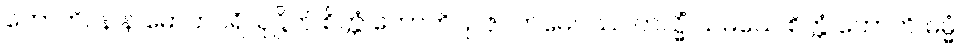
ဟောတိ။ န န မောဟပရိယုဋ္ဌိတံ စိတ္တံ ဟောတိ။ ဥဇုဂတမေဝဿ တသ္မိံ သမယေ စိတ္တံ ဟောတိ ဓမ္မံ